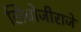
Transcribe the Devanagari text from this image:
सिधोजीराजे